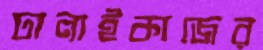
ঢালাইকাজের